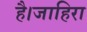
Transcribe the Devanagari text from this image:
है।जाहिरा